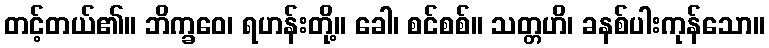
တင့်တယ်၏။ ဘိက္ခဝေ၊ ရဟန်းတို့။ ခေါ၊ စင်စစ်။ သတ္တဟိ၊ ခနစ်ပါးကုန်သော။